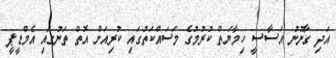
އަދި ގާނޫނު އަސާސީ ހިމާޔަތް ކުރުމުގެ މަސައްކަތުގައި ކުރިއަށް އޮތް ތަނުގައި އެމްޑީޕީ